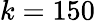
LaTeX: k=150